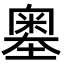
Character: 𡒃